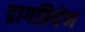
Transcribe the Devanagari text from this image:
द्रागप्रियेण